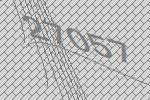
27057